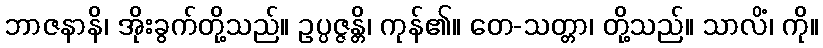
ဘာဇနာနိ၊ အိုးခွက်တို့သည်။ ဥပ္ပဇ္ဇန္တိ၊ ကုန်၏။ တေ-သတ္တာ၊ တို့သည်။ သာလိံ၊ ကို။